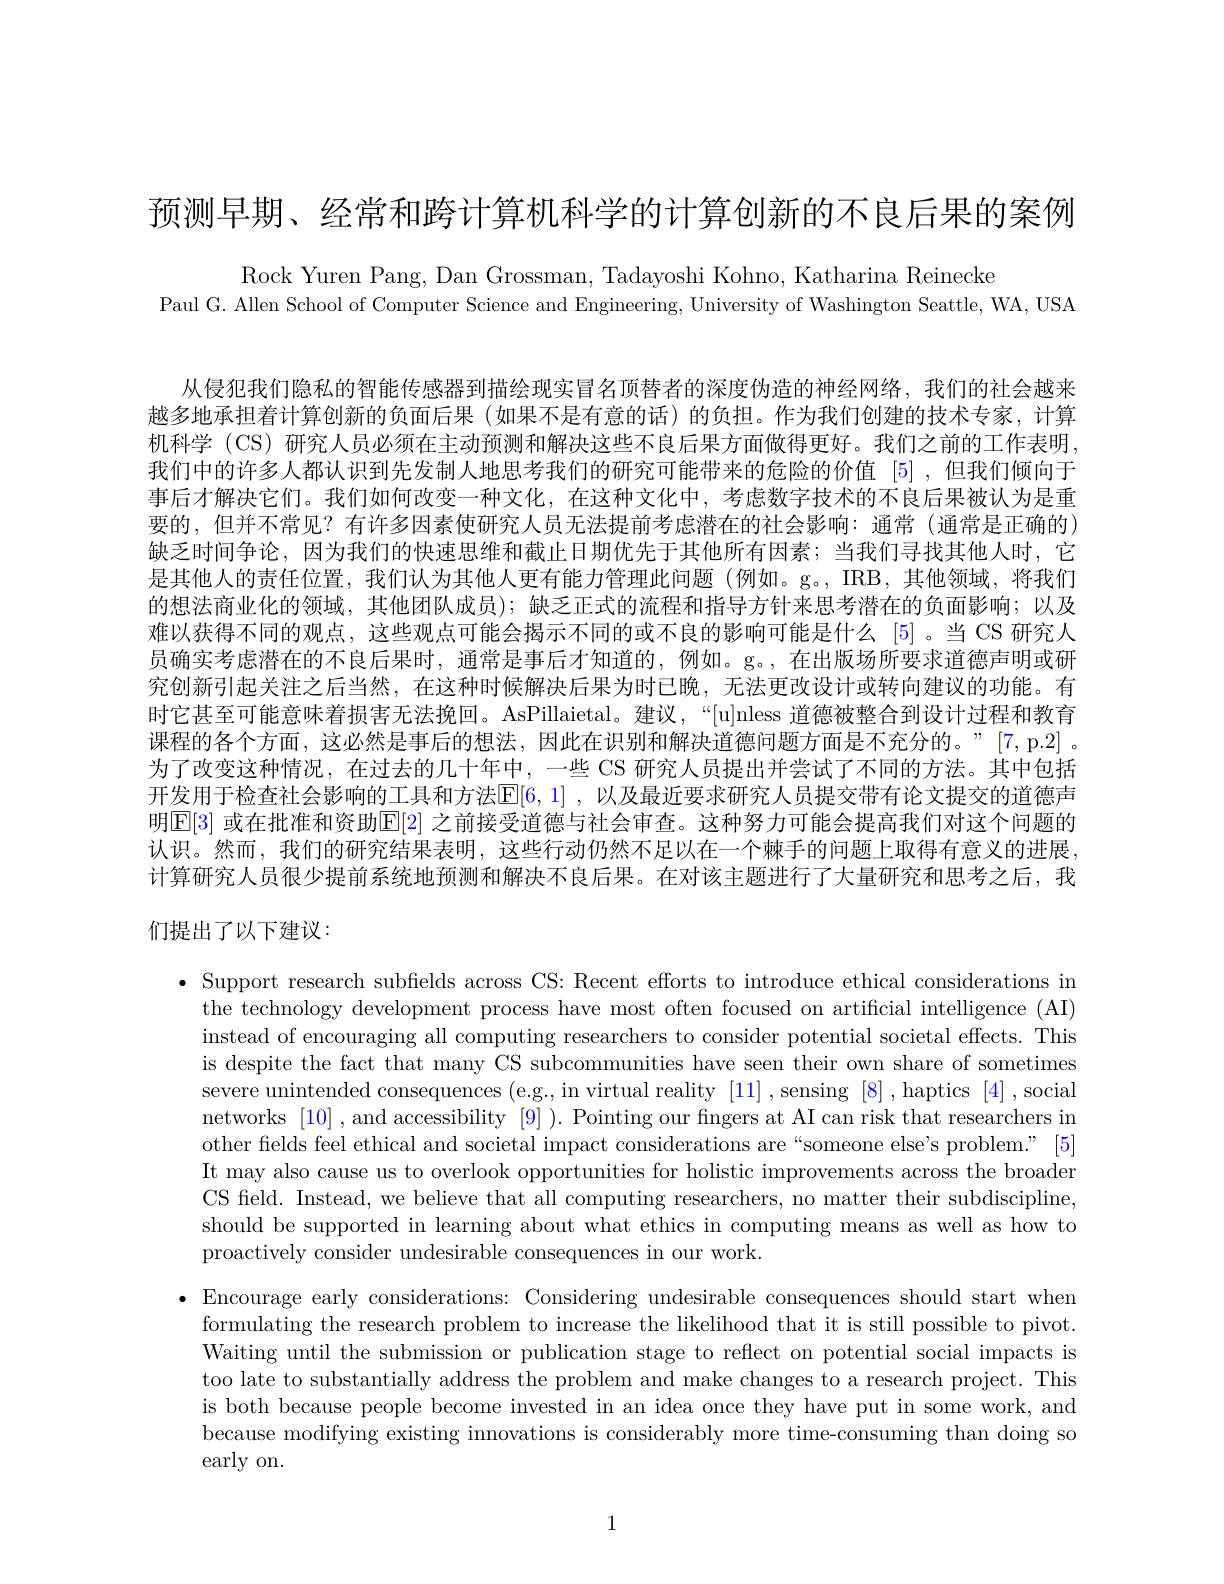
预测早期、经常和跨计算机科学的计算创新的不良后果的案例

Rock Yuren Pang, Dan Grossman, Tadayoshi Kohno, Katharina Reinecke
Paul G. Allen School of Computer Science and Engineering, University of Washington Seattle, WA, USA

从侵犯我们隐私的智能传感器到描绘现实冒名顶替者的深度伪造的神经网络，我们的社会越来越多地承担着计算创新的负面后果 (如果不是有意的话)的负机科学 (CS) 研究人员必须在主动预测和解决这些不良后果方面做得更好。我们之前的工作表明我们中的许多人都认识到先发制人地思考我们的研究可能带来的危险的价值 [5] ,但我们倾向于事后才解决它们。我们如何改变一种文化，在这种文化中，考虑数字技术的不良后果被认为是重要的，但并不常见？有许多因素使研究人员无法提前考虑潜在的社会影响：通常 (通常是正确的) 缺乏时间争论，因为我们的快速思维和截止日期优先于其他所有因素；当我们寻找其他人时，它是其他人的责任位置，我们认为其他人更有能力管理此问题(例如。g。,IRB,其他领域，将我们的想法商业化的领域，其他团队成员);缺乏正式的流程和指导方针来思考潜在的负面影响；以及难以获得不同的观点，这些观点可能会揭示不同的或不良的影响可能是什么 [5]。当 CS 研究人员确实考虑潜在的不良后果时，通常是事后才知道的，例如。g。,在出版场所要求道德声明或研究创新引起关注之后当然，在这种时候解决后果为时已晚，无法更改设计或转向建议的功能。有时它甚至可能意味着损害无法挽回。AsPillaietal。建议，“[u]nless 道德被整合到设计过程和教育课程的各个方面，这必然是事后的想法，因此在识别和解决道德问题方面是不充分的。”[7,p.2]。为了改变这种情况，在过去的几十年中，一些 CS 研究人员提出并尝试了不同的方法。其中包括开发用于检查社会影响的工具和方法$\mathbb{E} [ 6, 1]$ , 以及最近要求研究人员提交带有论文提交的道德声明E[3] 或在批准和资助$\mathbb{E}[2]$ 之前接认识。然而，我们的研究结果表明，这些行动仍然不足以在一个计算研究人员很少提前系统地预测和解决不良后果。在对该主题进行了大量研究和思考之后，我们提出了以下建议：

· Support research subfields across CS: Recent efforts to introduce ethical considerations in
the technology development process have most often focused on artificial intelligence (AI) instead of encouraging all computing researchers to consider potential societal effects. This is despite the fact that many CS subcommunities have seen their own share of sometimes severe unintended consequences (e.g., in virtual reality [11],sensing [8],haptics [4],social networks [10] , and accessibility [9] ). Pointing our fngers at AI can risk that researchers in other fields feel ethical and societal impact considerations are“someone else's problem.” [5] It may also cause us to over CS field. Instead, we believe that all computing researchers, no matter their subdiscipline, should be supported in learn proactively consider undesirable consequences in our work.

·Encourage early considerations: Considering undesirable consequences should start when
formulating the research problem to increase the likelihood that it is still possible to pivot. Waiting until the submission or publication stage to reflect on potential social impacts is too late to substantially address the problem and make changes to a research project. This is both because people become invested in an idea once they have put in some work, and because modifying existing i early on.

1